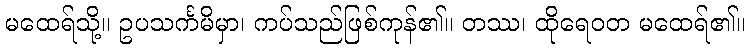
မထေရ်သို့။ ဥပသင်္ကမိမှာ၊ ကပ်သည်ဖြစ်ကုန်၏။ တဿ၊ ထိုရေဝတ မထေရ်၏။